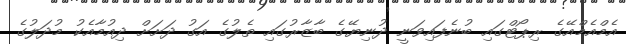
އެމްއެމްއޭގެ ރިޕޯޓްގައި ބުނެފައިވަނީ ދުނިޔޭގެ ބާޒާރުގައި ތެލުގެ އަގު ދަށަށް ދިއުމާއެކު މުދަލުގެ